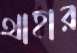
থাহার